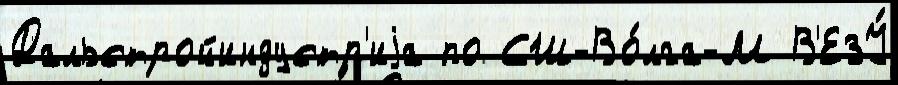
Дальстройиндустр'иjа по СШ-Во́лга-М В'ЕЗУ́